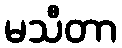
မသီတာ